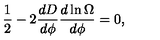
{ \frac { 1 } { 2 } } - 2 { \frac { d D } { d \phi } } { \frac { d \ln \Omega } { d \phi } } = 0 ,